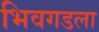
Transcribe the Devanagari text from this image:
भिवगडला